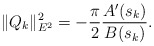
\begin{align*} \|Q_k\|^2_{E^2} = -\frac{\pi}{2}\frac{A'(s_k)}{B(s_k)}.\end{align*}